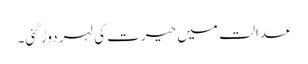
عدالت میں حیرت کی لہر دوڑ گئی۔